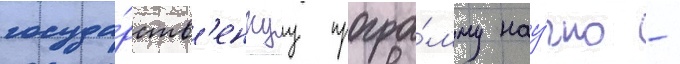
госуда́рств'еннуу програ́мму нау́чно -